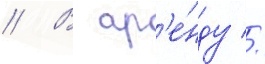
// В ар'е́нду //